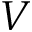
V